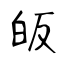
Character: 皈